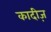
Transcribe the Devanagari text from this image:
कादीज़